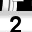
Digit: 2